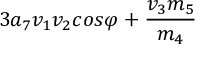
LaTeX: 3 a _ { 7 } v _ { 1 } v _ { 2 } c o s \varphi + \frac { v _ { 3 } m _ { 5 } } { m _ { 4 } }